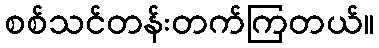
စစ်သင်တန်းတက်ကြတယ်။